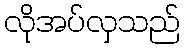
လိုအပ်လှသည်